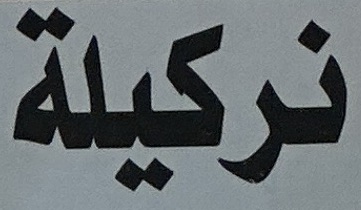
نركيلة